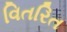
વિતરિત